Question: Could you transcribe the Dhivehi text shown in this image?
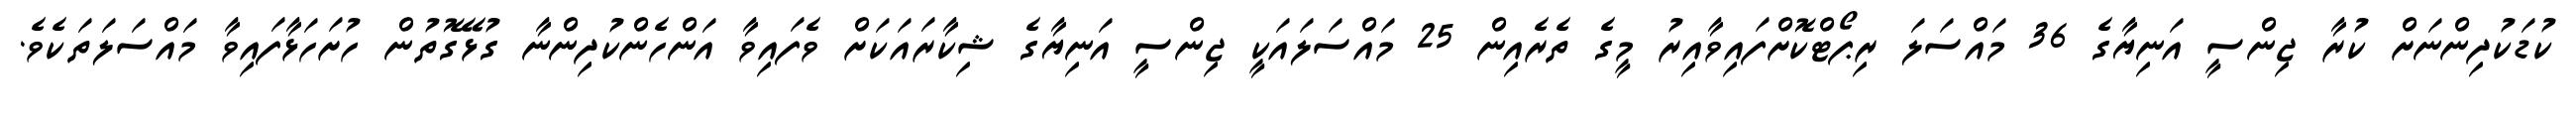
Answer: ކުޑަކުދިންނަށް ކުރާ ޖިންސީ އަނިޔާގެ 36 މައްސަލަ ރިޕޯޓްކޮށްފައިވާއިރު މީގެ ތެރެއިން 25 މައްސަލައަކީ ޖިންސީ އަނިޔާގެ ޝިކާރައަކަށް ވެފައިވާ އަންހެންކުދިންނާ ގުޅޭގޮތުން ހުށަހަޅާފައިވާ މައްސަލަތަކެވެ.